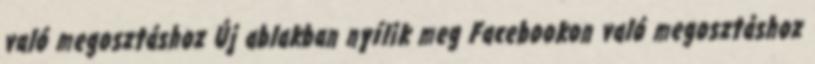
való megosztáshoz Új ablakban nyílik meg Facebookon való megosztáshoz